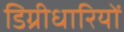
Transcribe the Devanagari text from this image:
डिग्रीधारियों